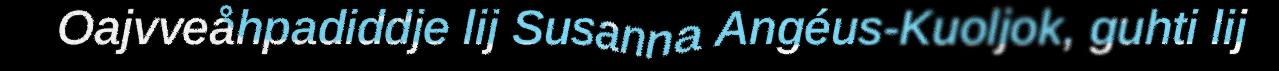
Oajvveåhpadiddje lij Susanna Angéus-Kuoljok, guhti lij